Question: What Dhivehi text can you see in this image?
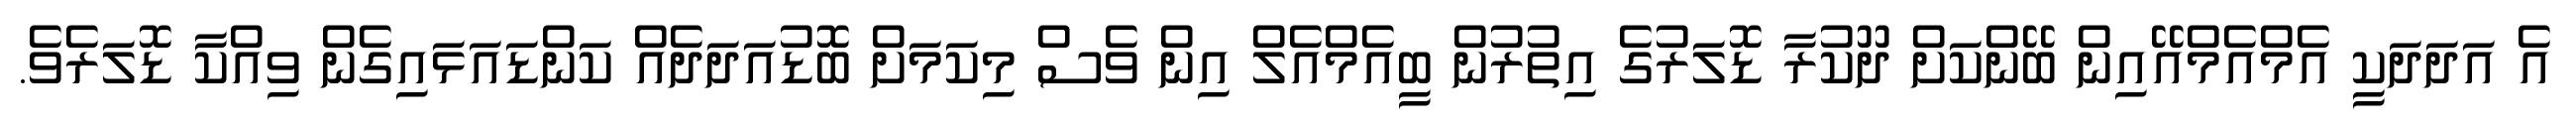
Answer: އެ އަދަދަކީ އެމްއެމްއޭއިން ބޭންކަށް ދޫކުރާ ޑޮލަރުގެ އިތުރުން ބީއެމްއެލް އިން ވެސް މިކަމަށް ބޮޑުއަދަދެއް ކަންޑައަޅައިގެން ވިއްކާ ޑޮލަރެވެ.